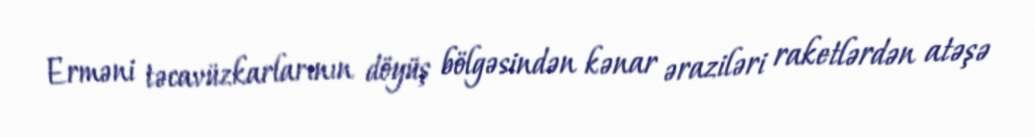
Erməni təcavüzkarlarının döyüş bölgəsindən kənar əraziləri raketlərdən atəşə